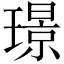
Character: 璟